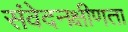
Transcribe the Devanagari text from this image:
संवेदनक्षीणता